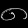
Digit: ၈